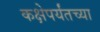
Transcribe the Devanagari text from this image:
कक्षेपर्यंतच्या